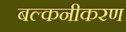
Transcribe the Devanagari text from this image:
बल्कनीकरण